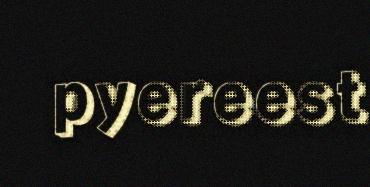
pyereest